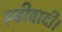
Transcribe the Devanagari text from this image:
रूढीवादी।